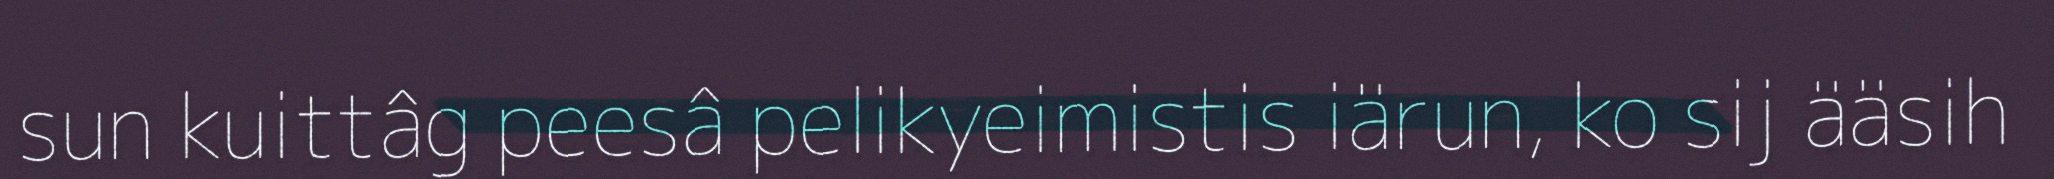
sun kuittâg peesâ pelikyeimistis iärun, ko sij ääsih